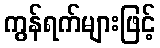
ကွန်ရက်များဖြင့်